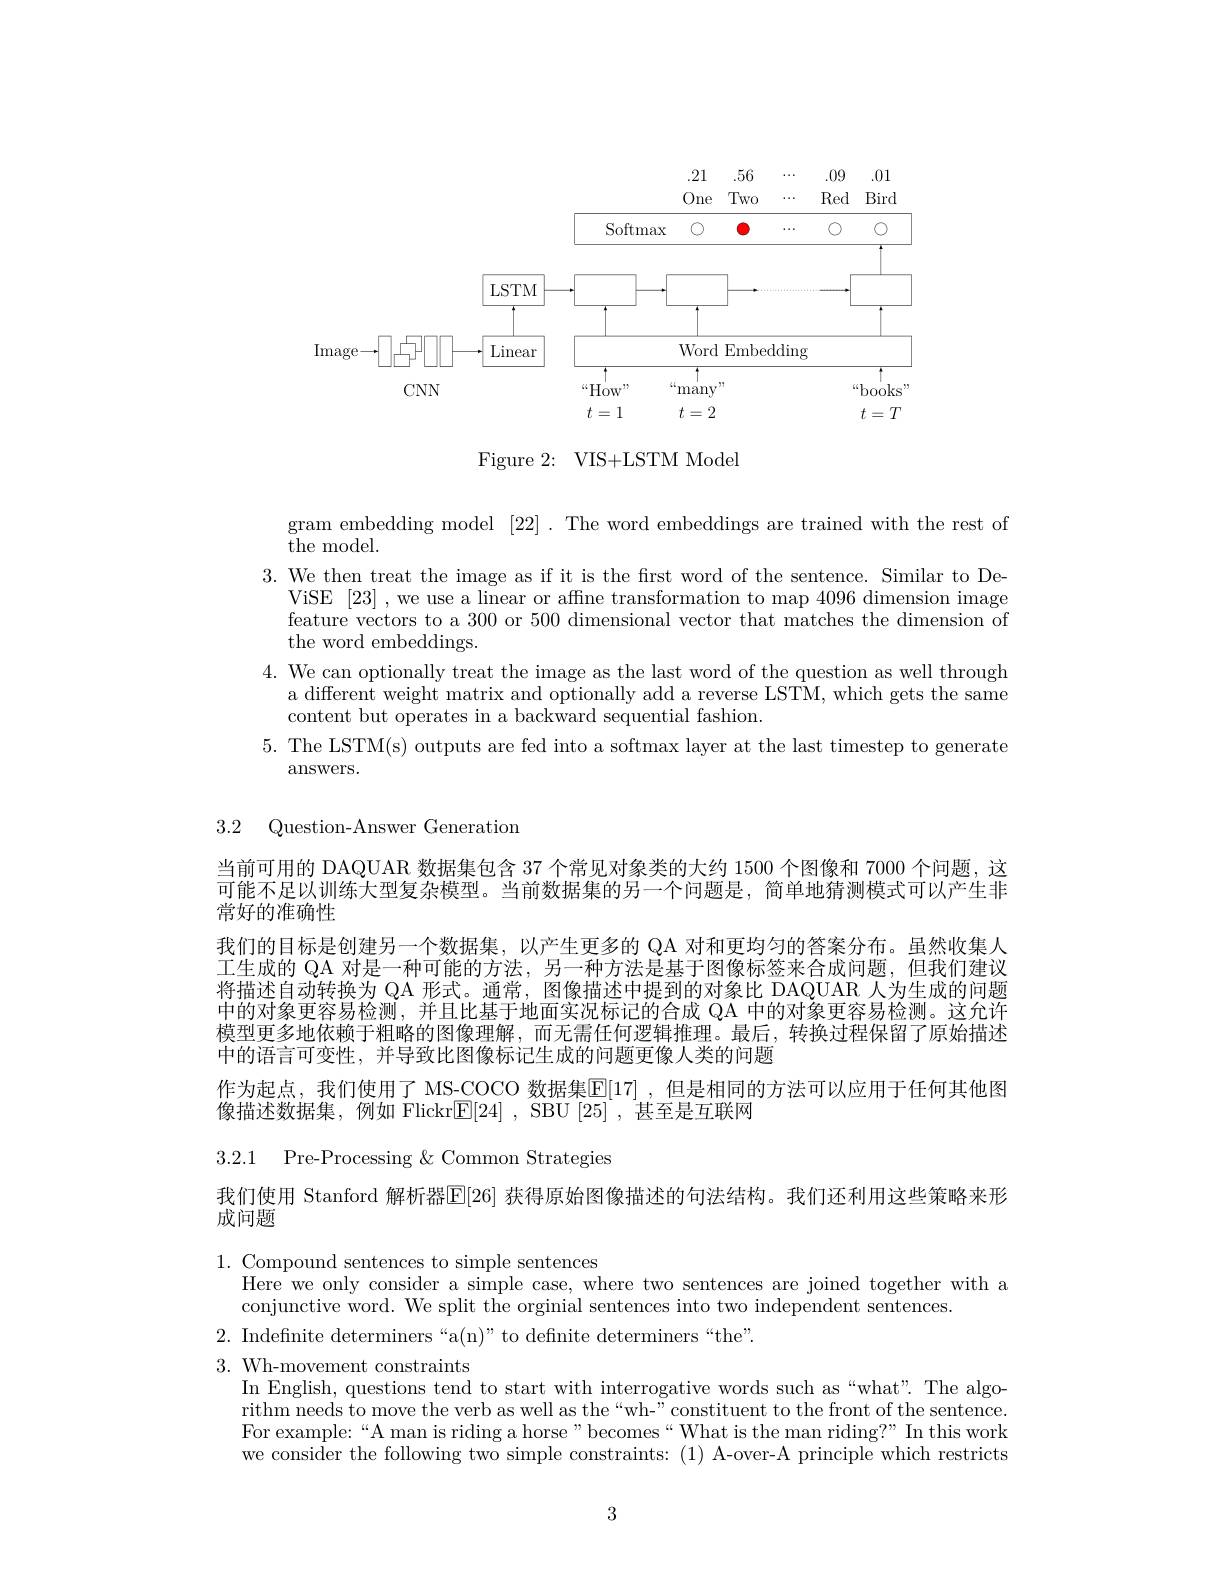
<FigureHere>

Figure 2: VIS+LSTM Model

gram embedding model [22]. The word embeddings are trained with the rest of
the model.
3. We then treat the image as if it is the first word of the sentence. Similar to De-
ViSE [23] ,we use a linear or affne transformation to map 4096 dimension image feature vectors to a 300 or 500 dimensional vector that matches the dimension of the word embeddings.
4. We can optionally treat the image as the last word of the question as well through
a different weight matrix and optionally add a reverse LSTM, which gets the same
content but operates in a backward sequential fashion.
5. The LSTM(s) outputs are fed into a softmax layer at the last timestep to generate
answers.

3.2 Question-Answer Generation

当前可用的 DAQUAR 数据集包含 37 个常见对象类的大约 1500 个图像和 7000 个问题，这可能不足以训练大型复杂模型。当前数据集的另一个问题是，简单地猜测模式可以产生非常好的准确性
我们的目标是创建另一个数据集，以产生更多的 QA 对和更均匀的答案分布。虽然收集人工生成的 QA 对是一种可能的方法，另一种方法是基于图像标签来合成问题，但我们建议将描述自动转换为 QA 形式。通常，图像描述中提到的对象比 DAQUAR 人为生成的问题中的对象更容易检测，并且比基于地面实况标记的合成 QA 中的对象更容易检测。这允许模型更多地依赖于粗略的图像理解，而无需任何逻辑推理。最后，转换过程保留了原始描述中的语言可变性，并导致比图像标记生成的问题更像人类的问题
作为起点，我们使用了 MS-COCO 数据集$\overline{\mathbb{E}}[17]$ ,但是相同的方法可以应用于任何其他图
像描述数据集，例如 Flickr$\boxed{\mathbb{E}}[24]$, SBU [25],甚至是互联网

3.2.1 Pre-Processing &Common Strategies

我们使用 Stanford 解析器$\overline{\mathbb{E}}[26]$ 获得原始图像描述的句法结构。我们还利用这些策略来形
成问题

1. Compound sentences to simple sentences
Here we only consider a simple case, where two sentences are joined together with a
conjunctive word. We split the orginial sentences into two independent sentences.
2. Indefinite determiners“ a( n) ” to definite determiners“ the” .

3. Wh-movement constraints
In English, questions tend to start with interrogative words such as “what”. The algorithm needs to move the verb as well as the “wh-”constituent to the front of the sentence. For example:“A man is riding a horse”becomes“What is the man riding?” In this work we consider the following two simple constraints: (1) A-over-A principle which restricts

3